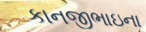
કાનજીભાઇના